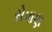
રોપાણ